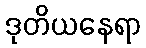
ဒုတိယနေရာ